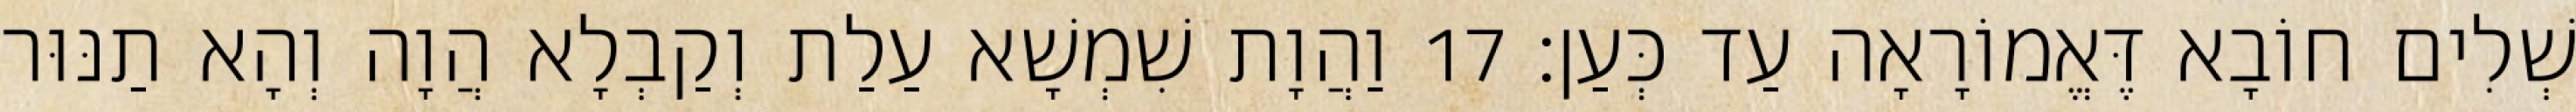
שְׁלִים חוֹבָא דֶּאֱמוֹרָאָה עַד כְּעַן׃ 17 וַהֲוָת שִׁמְשָׁא עַלַת וְקַבְלָא הֲוָה וְהָא תַנּוּר